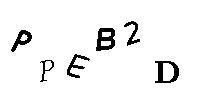
PPEB2D